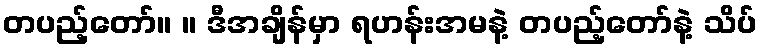
တပည့်တော်။ ။ ဒီအချိန်မှာ ရဟန်းအမနဲ့ တပည့်တော်နဲ့ သိပ်